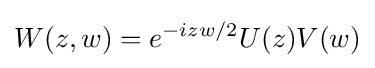
W(z,w)=e^{-izw/2}U(z)V(w)